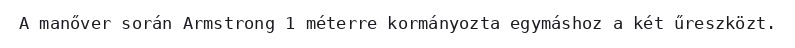
A manőver során Armstrong 1 méterre kormányozta egymáshoz a két űreszközt.